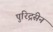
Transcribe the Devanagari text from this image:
पुरिद्रंसेन